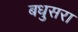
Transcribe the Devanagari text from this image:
बधुसरा